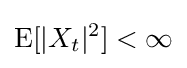
\operatorname {E} [|X_{t}|^{2}]<\infty